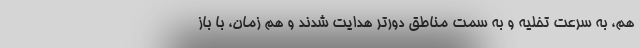
هم، به سرعت تخلیه و به سمت مناطق دورتر هدایت شدند و هم زمان، با باز